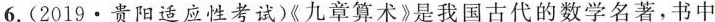
6.(2019·贵阳适应性考试《九章算术》是我国古代的数学名著，书中